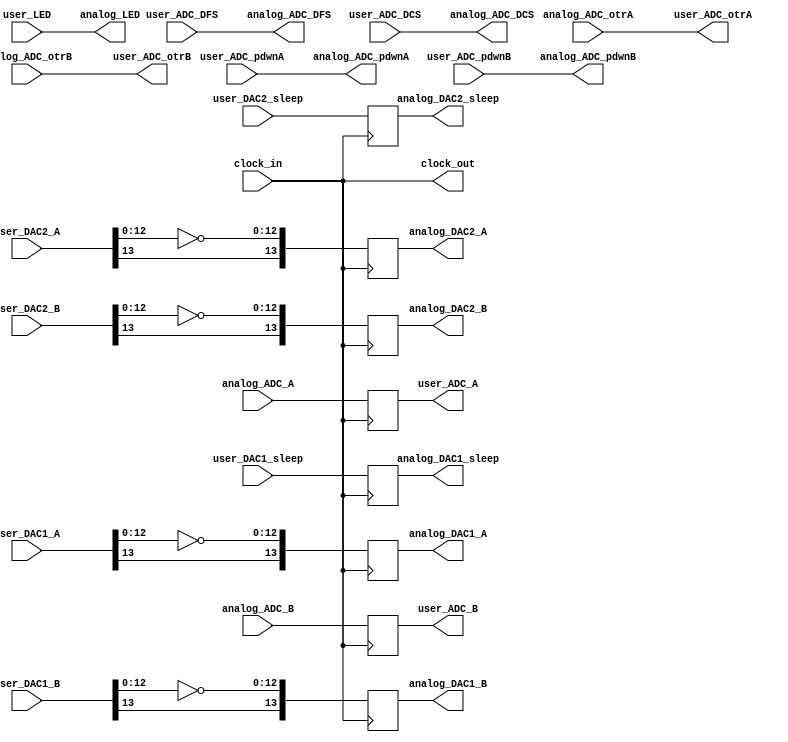
module analog_bridge
(
	clock_in,
	clock_out,
	
	user_DAC1_A,
	user_DAC1_B,
	user_DAC2_A,
	user_DAC2_B,
	user_DAC1_sleep,
	user_DAC2_sleep,
	user_ADC_A,
	user_ADC_B,
	user_ADC_DFS,
	user_ADC_DCS,
	user_ADC_pdwnA,
	user_ADC_pdwnB,
	user_ADC_otrA,
	user_ADC_otrB,
	user_LED,
		
	analog_DAC1_A,
	analog_DAC1_B,
	analog_DAC2_A,
	analog_DAC2_B,
	analog_DAC1_sleep,
	analog_DAC2_sleep,
	analog_ADC_A,
	analog_ADC_B,
	analog_ADC_DFS,
	analog_ADC_DCS,
	analog_ADC_pdwnA,
	analog_ADC_pdwnB,
	analog_ADC_otrA,
	analog_ADC_otrB,
	analog_LED
);

/**********************/
/* Clock & Data Ports */
/**********************/
input	clock_in;
output	clock_out;

input [0:13] user_DAC1_A;
input [0:13] user_DAC1_B;
input [0:13] user_DAC2_A;
input [0:13] user_DAC2_B;
input user_DAC1_sleep;
input user_DAC2_sleep;

output [0:13] user_ADC_A;
output [0:13] user_ADC_B;
reg [0:13] user_ADC_A;
reg [0:13] user_ADC_B;

input user_ADC_DFS;
input user_ADC_DCS;
input user_ADC_pdwnA;
input user_ADC_pdwnB;
output user_ADC_otrA;
output user_ADC_otrB;
input [0:2] user_LED;


output [0:13] analog_DAC1_A;
output [0:13] analog_DAC1_B;
output [0:13] analog_DAC2_A;
output [0:13] analog_DAC2_B;
reg [0:13] analog_DAC1_A;
reg [0:13] analog_DAC1_B;
reg [0:13] analog_DAC2_A;
reg [0:13] analog_DAC2_B;

output analog_DAC1_sleep;
output analog_DAC2_sleep;
reg analog_DAC1_sleep;
reg analog_DAC2_sleep;

input [0:13] analog_ADC_A;
input [0:13] analog_ADC_B;

output analog_ADC_DFS;
output analog_ADC_DCS;
output analog_ADC_pdwnA;
output analog_ADC_pdwnB;
input analog_ADC_otrA;
input analog_ADC_otrB;
output [0:2] analog_LED;


wire [0:13] temp_analog_DAC1_A;
wire [0:13] temp_analog_DAC1_B;
wire [0:13] temp_analog_DAC2_A;
wire [0:13] temp_analog_DAC2_B;

/**********************************/
/* Clocks and analog data signals */
/**********************************/
assign clock_out = clock_in;


assign temp_analog_DAC1_A = user_DAC1_A[0:13];
assign temp_analog_DAC1_B = user_DAC1_B[0:13];
assign temp_analog_DAC2_A = user_DAC2_A[0:13];
assign temp_analog_DAC2_B = user_DAC2_B[0:13];

assign analog_ADC_DFS = user_ADC_DFS;
assign analog_ADC_DCS = user_ADC_DCS;
assign analog_ADC_pdwnA = user_ADC_pdwnA;
assign analog_ADC_pdwnB = user_ADC_pdwnB;
assign user_ADC_otrA = analog_ADC_otrA;
assign user_ADC_otrB = analog_ADC_otrB;
assign analog_LED = user_LED;


// synthesis attribute iob of analog_DAC1_A is true;
// synthesis attribute iob of analog_DAC1_B is true;
// synthesis attribute iob of analog_DAC2_A is true;
// synthesis attribute iob of analog_DAC2_B is true;
always @(posedge clock_in)
begin
	analog_DAC1_A <= {temp_analog_DAC1_A[0], ~temp_analog_DAC1_A[1:13]};
	analog_DAC1_B <= {temp_analog_DAC1_B[0], ~temp_analog_DAC1_B[1:13]};
	analog_DAC2_A <= {temp_analog_DAC2_A[0], ~temp_analog_DAC2_A[1:13]};
	analog_DAC2_B <= {temp_analog_DAC2_B[0], ~temp_analog_DAC2_B[1:13]};
	analog_DAC1_sleep <= user_DAC1_sleep;
	analog_DAC2_sleep <= user_DAC2_sleep;
	user_ADC_A <= analog_ADC_A;
	user_ADC_B <= analog_ADC_B;
end

endmodule